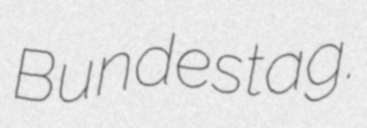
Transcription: Bundestag.